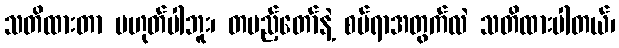
သတိထားတာ မဟုတ်ပါဘူး၊ တပည့်တော်နဲ့ စပ်ရာအတွက်လဲ သတိထားပါတယ်၊